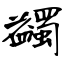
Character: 蠲